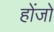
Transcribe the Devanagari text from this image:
होंजो